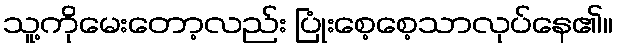
သူ့ကိုမေးတော့လည်း ပြုံးစေ့စေ့သာလုပ်နေ၏။